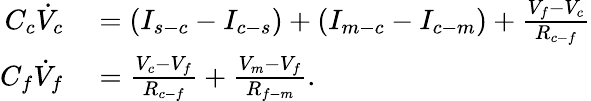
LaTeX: \begin{array}{rl}{C_{c}\dot{V}_{c}}&{{}=(I_{s-c}-I_{c-s})+(I_{m-c}-I_{c-m})+\frac{V_{f}-V_{c}}{R_{c-f}}}\\ {C_{f}\dot{V}_{f}}&{{}=\frac{V_{c}-V_{f}}{R_{c-f}}+\frac{V_{m}-V_{f}}{R_{f-m}}.}\end{array}